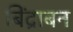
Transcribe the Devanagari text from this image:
बिंद्राबन